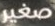
صغير